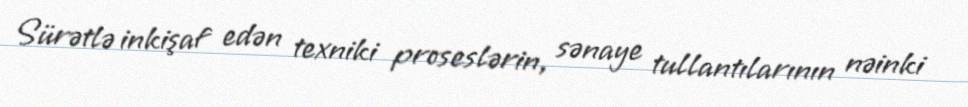
Sürətlə inkişaf edən texniki proseslərin, sənaye tullantılarının nəinki